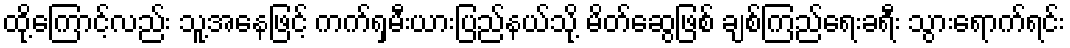
ထို့ကြောင့်လည်း သူ့အနေဖြင့် ကက်ရှမီးယားပြည်နယ်သို့ မိတ်ဆွေဖြစ် ချစ်ကြည်ရေးခရီး သွားရောက်ရင်း